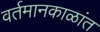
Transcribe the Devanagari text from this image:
वर्तमानकाळांत